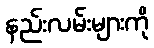
နည်းလမ်းများကို